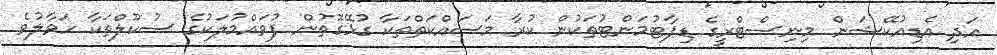
އަދި އެޑިއުކޭޝަން މިނިސްޓްރީގެ ޑިޕާޓުމަންޓުތަކުން ކުރާ މަސައްކަތްތަކާ ގުޅޭގޮތުން ފުވައްމުލަކުގެ ސުކޫލްތަކާ ހަވާލުވެ